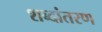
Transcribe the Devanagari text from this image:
शब्दांतरण